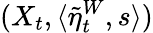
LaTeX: (X_{t},\langle\tilde{\eta}_{t}^{W},s\rangle)